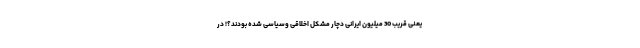
یعنی قریب 30 میلیون ایرانی دچار مشکل اخلاقی وسیاسی شده بودند؟! در